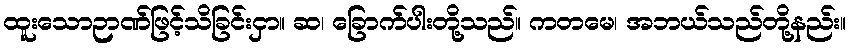
ထူးသောဉာဏ်ဖြင့်သိခြင်းငှာ။ ဆ၊ ခြောက်ပါးတို့သည်။ ကတမေ၊ အဘယ်သည်တို့နည်း။